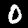
Digit: 0